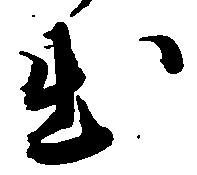
出